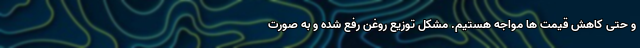
و حتی کاهش قیمت ها مواجه هستیم. مشکل توزیع روغن رفع شده و به صورت